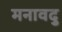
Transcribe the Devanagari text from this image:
मनावदु